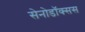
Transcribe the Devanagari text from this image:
सेनोडॉक्सस